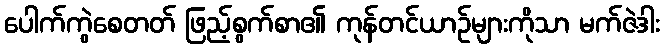
ပေါက်ကွဲစေတတ် ဖြည့်စွက်စာ၏ ကုန်တင်ယာဉ်များကိုသာ မက်ဇဲဒါး